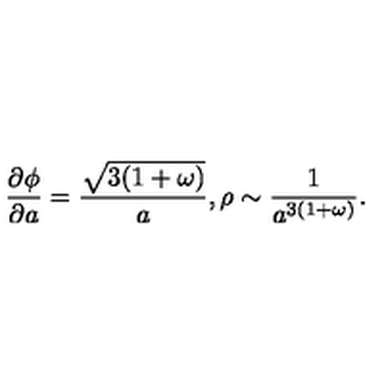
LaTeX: \frac { \partial \phi } { \partial a } = \frac { \sqrt { 3 ( 1 + \omega ) } } { a } , \rho \sim \frac { 1 } { a ^ { 3 ( 1 + \omega ) } } .